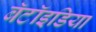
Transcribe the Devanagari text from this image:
बॅटॉइडिया